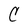
Character: C